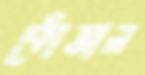
কোঁতাল